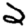
Digit: 2